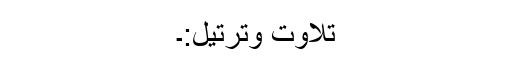
تلاوت وترتیل:۔